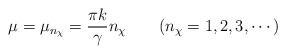
\begin{align*}\mu = \mu_{n_\chi}=\frac{\pi k}{\gamma} n_{\chi} ~~~~~~(n_\chi =1,2,3, \cdots)\end{align*}